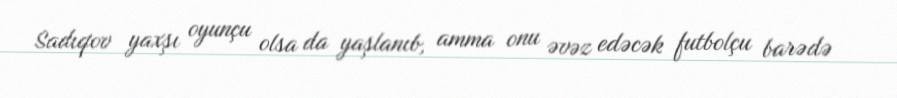
Sadıqov yaxşı oyunçu olsa da yaşlanıb, amma onu əvəz edəcək futbolçu barədə